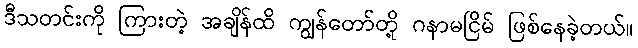
ဒီသတင်းကို ကြားတဲ့ အချိန်ထိ ကျွန်တော်တို့ ဂနာမငြိမ် ဖြစ်နေခဲ့တယ်။